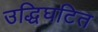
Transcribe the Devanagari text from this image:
उद्धिघटित